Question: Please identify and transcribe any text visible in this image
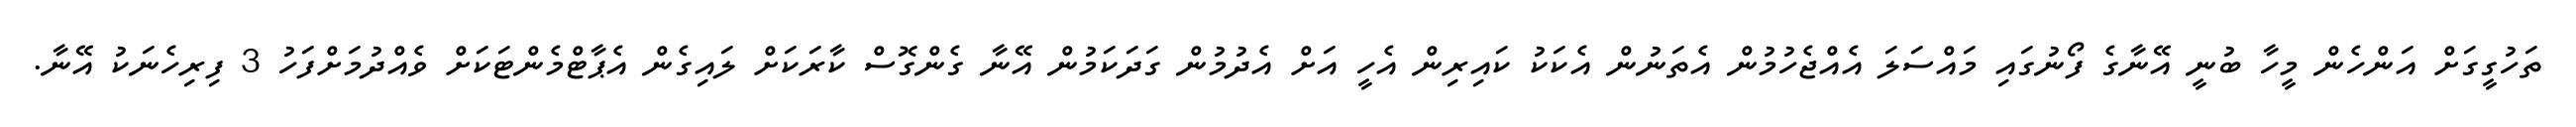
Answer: ތަހުގީގަށް އަންހެން މީހާ ބުނީ އޭނާގެ ފޯނުގައި މައްސަލަ އެއްޖެހުމުން އެތަނުން އެކަކު ކައިރިން އެހީ އަށް އެދުމުން ގަދަކަމުން އޭނާ ގެންގޮސް ކާރަކަށް ލައިގެން އެޕާޓްމެންޓަކަށް ވެއްދުމަށްފަހު 3 ފިރިހެނަކު އޭނާ.